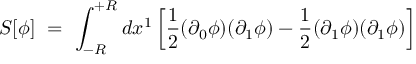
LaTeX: S [ \phi ] \, \, = \, \, \int _ { - R } ^ { + R } d x ^ { 1 } \left[ \frac { 1 } { 2 } ( \partial _ { 0 } \phi ) ( \partial _ { 1 } \phi ) - \frac { 1 } { 2 } ( \partial _ { 1 } \phi ) ( \partial _ { 1 } \phi ) \right]